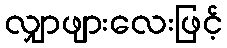
လျှာဖျားလေးဖြင့်